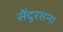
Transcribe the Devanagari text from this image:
सेंदूरसना